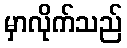
မှာလိုက်သည်